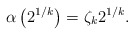
\begin{align*} \alpha\left(2^{1/k} \right) = \zeta_k 2^{1/k}. \end{align*}